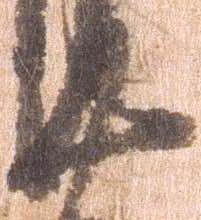
廿